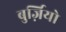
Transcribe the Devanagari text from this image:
बुर्ज़ियो